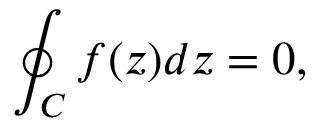
\oint _ { C } f ( z ) d z = 0 ,